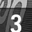
Digit: 3